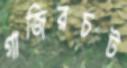
গাজিরচট